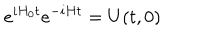
e ^ { i H _ { 0 } t } e ^ { - i H t } = U ( t , 0 )